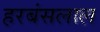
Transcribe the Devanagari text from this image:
हरबंसलाल